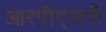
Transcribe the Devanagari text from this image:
आरपीएसपी